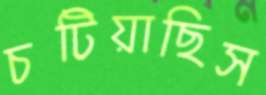
চটিয়াছিস